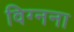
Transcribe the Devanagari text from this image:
विग्नना